Lunatic asylums United Provinces 1899-1908 - 1899-1908
Year: 1899
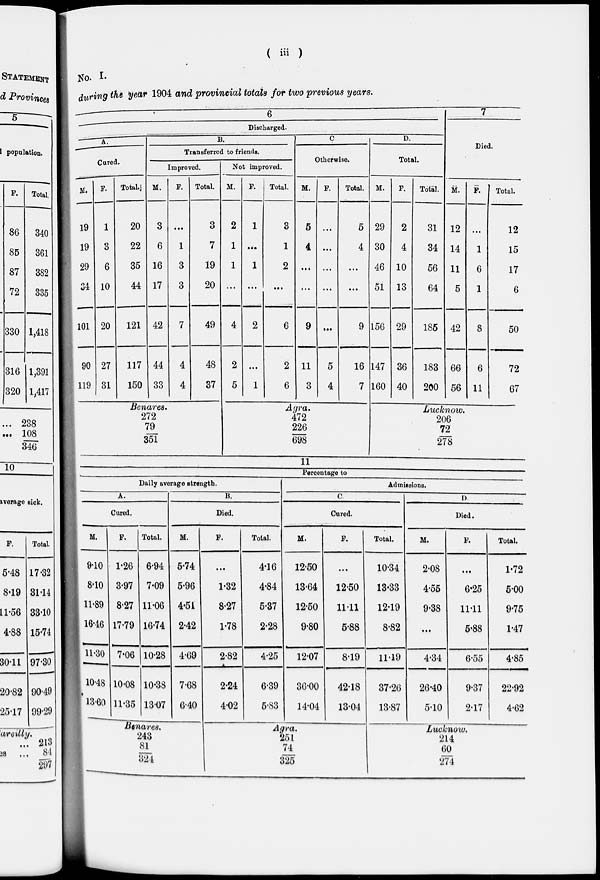
( iii )
No. I.
during the year 1904 and provincial totals for two previous years.
6
Discharged.
A.
Cured.
M.
19
19
29
34
101
90
119
F.
1
3
6
10
20
27
31
Total.
20
22
35
44
121
117
150
B.
Transferred to friends.
Improved.
M.
3
6
16
17
42
44
33
F.
...
1
3
3
7
4
4
Total.
3
7
19
20
49
48
37
Not improved.
M.
2
1
1
...
4
2
5
F.
1
...
1
...
2
...
1
Total.
3
1
2
...
6
2
6
C.
Otherwise.
M.
5
4
...
...
9
11
3
F.
...
...
...
...
...
5
4
Total.
5
4
...
...
9
16
7
D.
Total.
M.
29
30
46
51
156
147
160
F.
2
4
10
13
29
36
40
Total.
31
34
56
64
185
183
200
7
Died
M.
12
14
11
5
42
66
56
F.
...
1
6
1
8
6
11
Total.
12
15
17
6
50
72
67
Benares.
272
79
351
Agra.
472
226
698
Lucknow.
206
72
278
11
Percentage to
Daily average strength.
A.
Cured.
M.
9.10
8.10
11.89
16.46
11.30
10.48
13.60
F.
1.26
3.97
8.27
17.79
7.06
10.08
11.35
Total.
6.94
7.09
11.06
16.74
10.28
10.38
13.07
B.
Died.
M.
5.74
5.96
4.51
2.42
4.69
7.68
6.40
F.
...
1.32
8.27
1.78
2.82
2.24
4.02
Total.
4.16
4.84
5.37
2.28
4.25
6.39
5.83
Admissions.
C.
Cured.
M.
12.50
13.64
12.50
9.80
12.07
36.00
14.04
F.
...
12.50
11.11
5.88
8.19
42.18
13.04
Total.
10.34
13.33
12.19
8.82
11.19
37.26
13.87
D.
Died.
M.
2.08
4.55
9.38
...
4.34
26.40
5.10
F.
...
6.25
11.11
5.88
6.55
9.37
2.17
Total.
1.72
5.00
9.75
1.47
4.85
22.92
4.62
Benares.
243
81
324
Agra.
251
74
325
Lucknow.
214
60
274